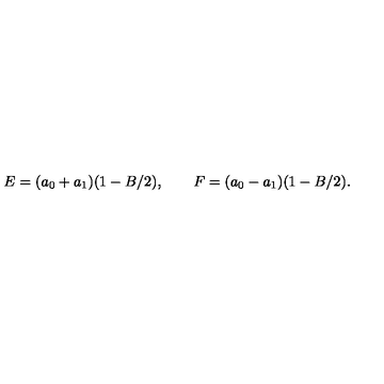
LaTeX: E = ( a _ { 0 } + a _ { 1 } ) ( 1 - B / 2 ) , \qquad F = ( a _ { 0 } - a _ { 1 } ) ( 1 - B / 2 ) .